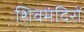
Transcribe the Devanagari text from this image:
शिवमंदिरों